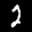
Label: 2